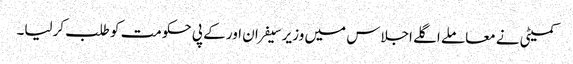
کمیٹی نے معاملے اگلے اجلاس میں وزیر سیفران اور کے پی حکومت کو طلب کرلیا۔